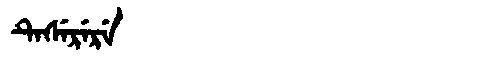
Manchu: ᡨᡝᠰᡝᡵᡝᡵᡝ
Romanization: TESERERE